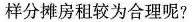
样分摊房租较为合理呢?